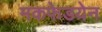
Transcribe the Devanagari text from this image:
मकफेडयेन